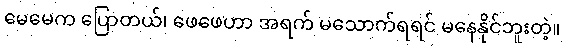
မေမေက ပြောတယ်၊ ဖေဖေဟာ အရက် မသောက်ရရင် မနေနိုင်ဘူးတဲ့။